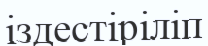
іздестіріліп